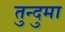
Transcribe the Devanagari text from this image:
तुन्दुमा